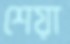
শেয়া